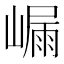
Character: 𭗑